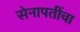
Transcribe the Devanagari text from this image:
सेनापतींचा